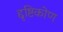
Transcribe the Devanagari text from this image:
द्दृष्टिकोण